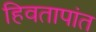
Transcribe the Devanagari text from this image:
हिवतापांत